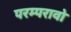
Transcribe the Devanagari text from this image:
परम्परावो